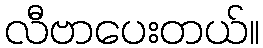
လီဗာပေးတယ်။